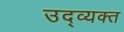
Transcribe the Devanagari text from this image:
उद्व्यक्त